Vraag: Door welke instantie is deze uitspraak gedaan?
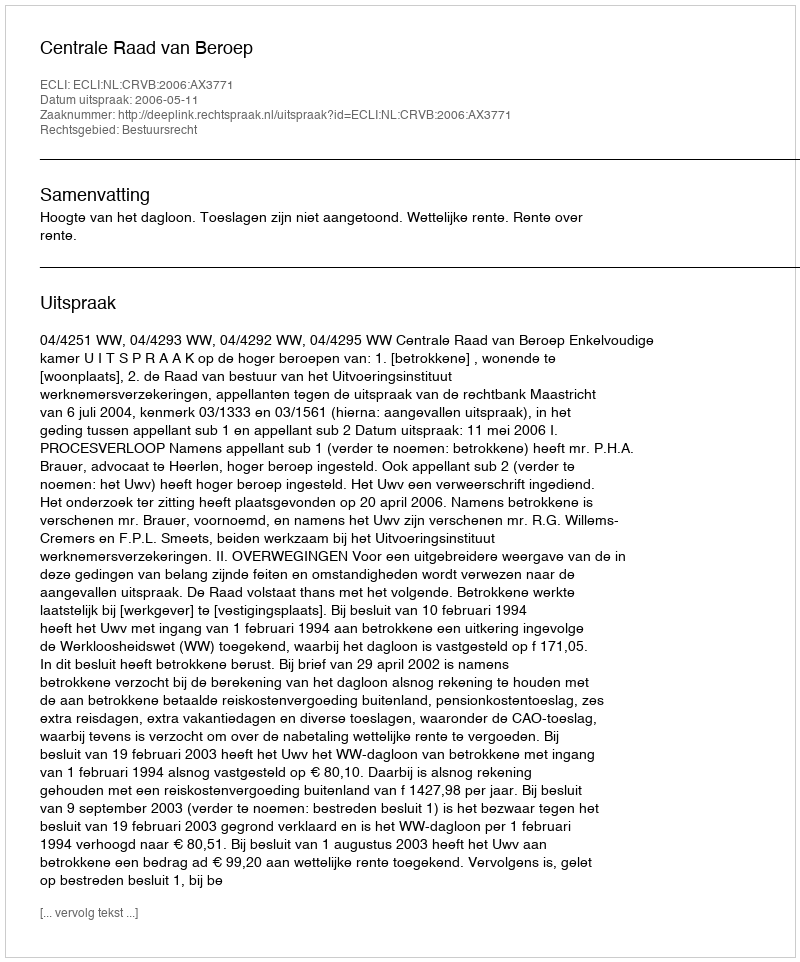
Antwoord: Centrale Raad van Beroep